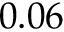
0 . 0 6